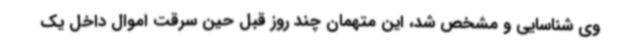
وی شناسایی و مشخص شد، این متهمان چند روز قبل حین سرقت اموال داخل یک